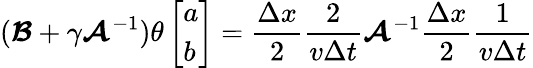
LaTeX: (\boldsymbol{\mathcal{B}}+\gamma\boldsymbol{\mathcal{A}}^{-1})\theta\left[\begin{array}{l}{a}\\ {b}\end{array}\right]=\frac{\Delta x}{2}\frac{2}{v\Delta t}\boldsymbol{\mathcal{A}}^{-1}\frac{\Delta x}{2}\frac{1}{v\Delta t}